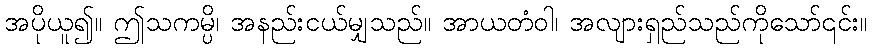
အပိုယူ၍။ ဤသကမ္ပိ၊ အနည်းငယ်မျှသည်။ အာယတံဝါ၊ အလျားရှည်သည်ကိုသော်၎င်း။